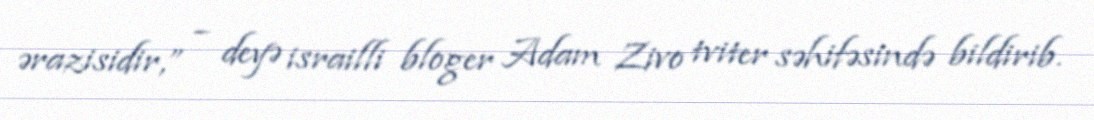
ərazisidir,” – deyə israilli bloger Adam Zivo tviter səhifəsində bildirib.